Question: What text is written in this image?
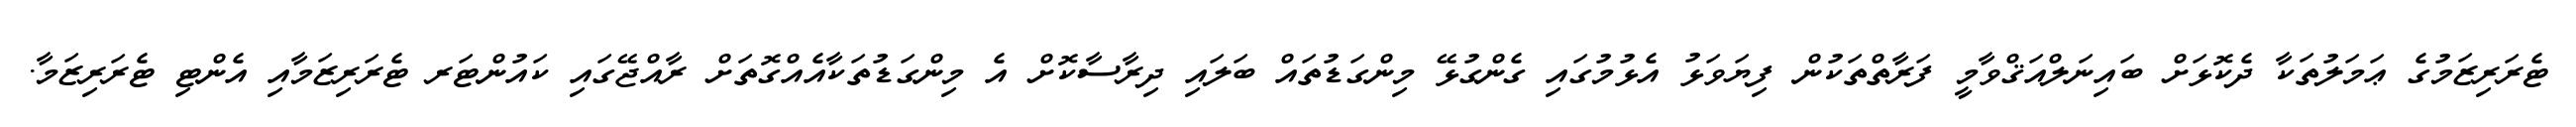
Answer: ޓެރަރިޒަމުގެ ޢަމަލުތަކާ ދެކޮޅަށް ބައިނަލްއަޤްވާމީ ފަރާތްތަކުން ފިޔަވަޅު އެޅުމުގައި ގެންގުޅޭ މިންގަޑުތައް ބަލައި ދިރާސާކޮށް އެ މިންގަޑުތަކާއެއްގޮތަށް ރާއްޖޭގައި ކައުންޓަރ ޓެރަރިޒަމާއި އެންޓި ޓެރަރިޒަމާ.